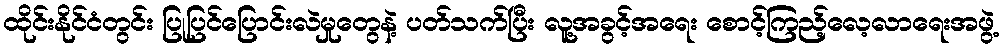
ထိုင်းနိုင်ငံတွင်း ပြုပြင်ပြောင်းလဲမှုတွေနဲ့ ပတ်သက်ပြီး လူ့အခွင့်အရေး စောင့်ကြည့်လေ့လာရေးအဖွဲ့